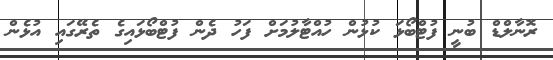
ރޮނާލްޑް ބުނީ ފުޓްބޯޅަ ކުޅުން ހުއްޓާލުމަށް ފަހު ދެން ފުޓްބޯޅައިގެ ތެރޭގައި އުޅެން